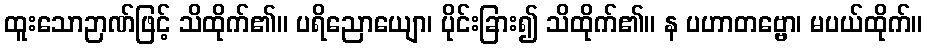
ထူးသောဉာဏ်ဖြင့် သိထိုက်၏။ ပရိညောယျော၊ ပိုင်းခြား၍ သိထိုက်၏။ န ပဟာတဗ္ဗော၊ မပယ်ထိုက်။